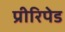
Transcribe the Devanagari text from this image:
प्रीरिपेड